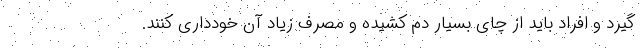
گیرد و افراد باید از چای بسیار دم کشیده و مصرف زیاد آن خودداری کنند.